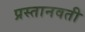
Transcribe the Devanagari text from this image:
प्रस्तानवती